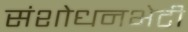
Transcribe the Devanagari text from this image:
संशोधनभेटी